Elephants and their diseases
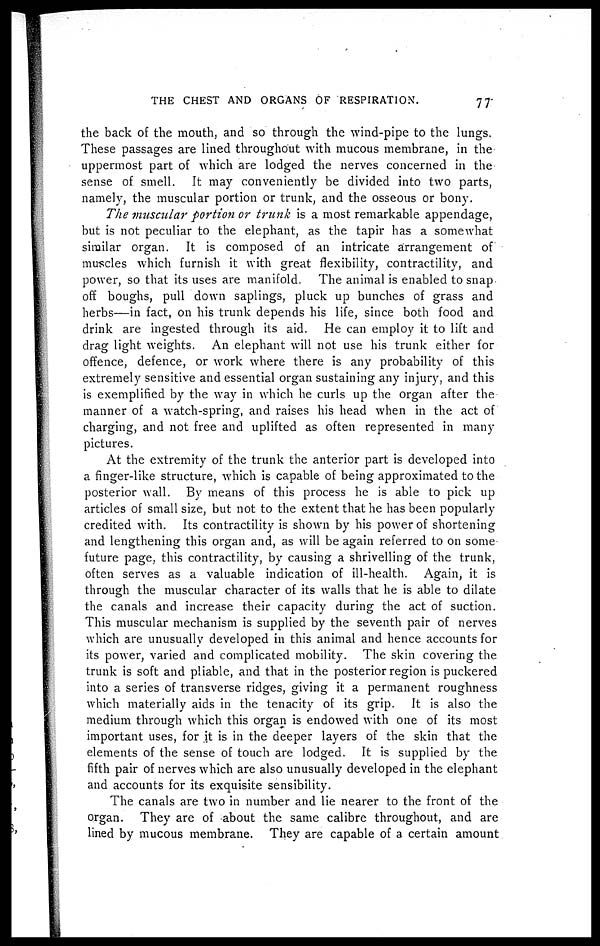
THE CHEST AND ORGANS OF RESPIRATION.
77
the back of the mouth, and so through the wind-pipe to the lungs.
These passages are lined throughout with mucous membrane, in the
uppermost part of which are lodged the nerves concerned in the
sense of. smell. It may conveniently be divided into two parts,
namely, the muscular portion or trunk, and the osseous or bony.
The muscular portion or trunk is a most remarkable appendage,
but is not peculiar to the elephant, as the tapir has a somewhat
similar organ. It is composed of an intricate arrangement of
muscles which furnish it with great flexibility, contractility, and
power, so that its uses are manifold. The animal is enabled to snap
off boughs, pull down saplings, pluck up bunches of grass and
herbs—in fact, on his trunk depends his life, since both food and
drink are ingested through its aid. He can employ it to lift and
drag light weights. An elephant will not use his trunk either for
offence, defence, or work where there is any probability of this
extremely sensitive and essential organ sustaining any injury, and this
is exemplified by the way in which he curls up the organ after the
manner of a watch-spring, and raises his head when in the act of
charging, and not free and uplifted as often represented in many
pictures.
At the extremity of the trunk the anterior part is developed into
a finger-like structure, which is capable of being approximated to the
posterior wall. By means of this process he is able to pick up
articles of small size, but not to the extent that he has been popularly
credited with. Its contractility is shown by his power of shortening
and lengthening this organ and, as will be again referred to on some
future page, this contractility, by causing a shrivelling of the trunk,
often serves as a valuable indication of ill-health. Again; it is
through the muscular character of its walls that he is able to dilate
the canals and increase their capacity during the act of suction.
This muscular mechanism is supplied by the seventh pair of nerves
which are unusually developed in this animal and hence accounts for
its power, varied and complicated mobility. The skin covering the
trunk is soft and pliable, and that in the posterior region is puckered
into a series of transverse ridges, giving it a permanent roughness
which materially aids in the tenacity of its grip. It is also the
medium through which this organ is endowed with one of its most
important uses, for it is in the deeper layers of the skin that the
elements of the sense of touch are lodged. It is supplied by the
fifth pair of nerves which are also unusually developed in the elephant
and accounts for its exquisite sensibility.
The canals are two in number and lie nearer to the front of the
organ. They are of about the same calibre throughout, and are
lined by mucous membrane. They are capable of a certain amount